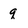
Character: q